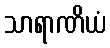
သာရာဏိယံ